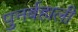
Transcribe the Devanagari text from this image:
पुनर्बहाली